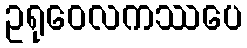
ဥရုဝေလကဿပေ